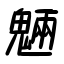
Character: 魎